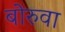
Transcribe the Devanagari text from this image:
बोरुवा